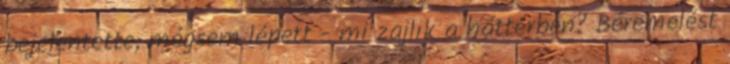
bejelentette, mégsem lépett - mi zajlik a háttérben? Béremelést